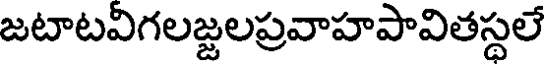
జటాటవిగలజ్జలప్రవాహపావితస్థలే